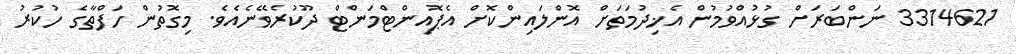
3314621 ނަންބަރަށް ގުޅުއްވުމުން އެޚިދުމަތަށް އޮންލައިންކޮށް އެޕޮއިންޓްމަންޓް ދޫކުރެވޭނެއެވެ. މިގޮތުން ހަފްތާގެ ހުކުރު